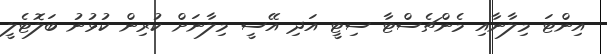
އިންޓަ މިލާނާއި މެންޗެސްޓާ ސިޓީ އަދި އޭސީ މިލާނަށް ކުރިން ކުޅުނު ބަލޮޓެލީ